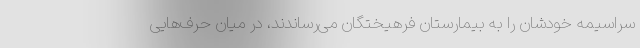
سراسیمه خودشان را به بیمارستان فرهیختگان می‌رساندند، در میان حرف‌هایی